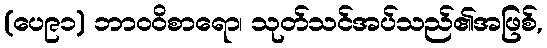
(ပေ၉၁) ဘာဝဝိစာရော၊ သုတ်သင်အပ်သည်၏အဖြစ်,